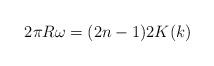
LaTeX: \begin{align*}2\pi R\omega = (2n-1)2K(k)\end{align*}